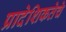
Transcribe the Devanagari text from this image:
प्रादेशिकतेचे